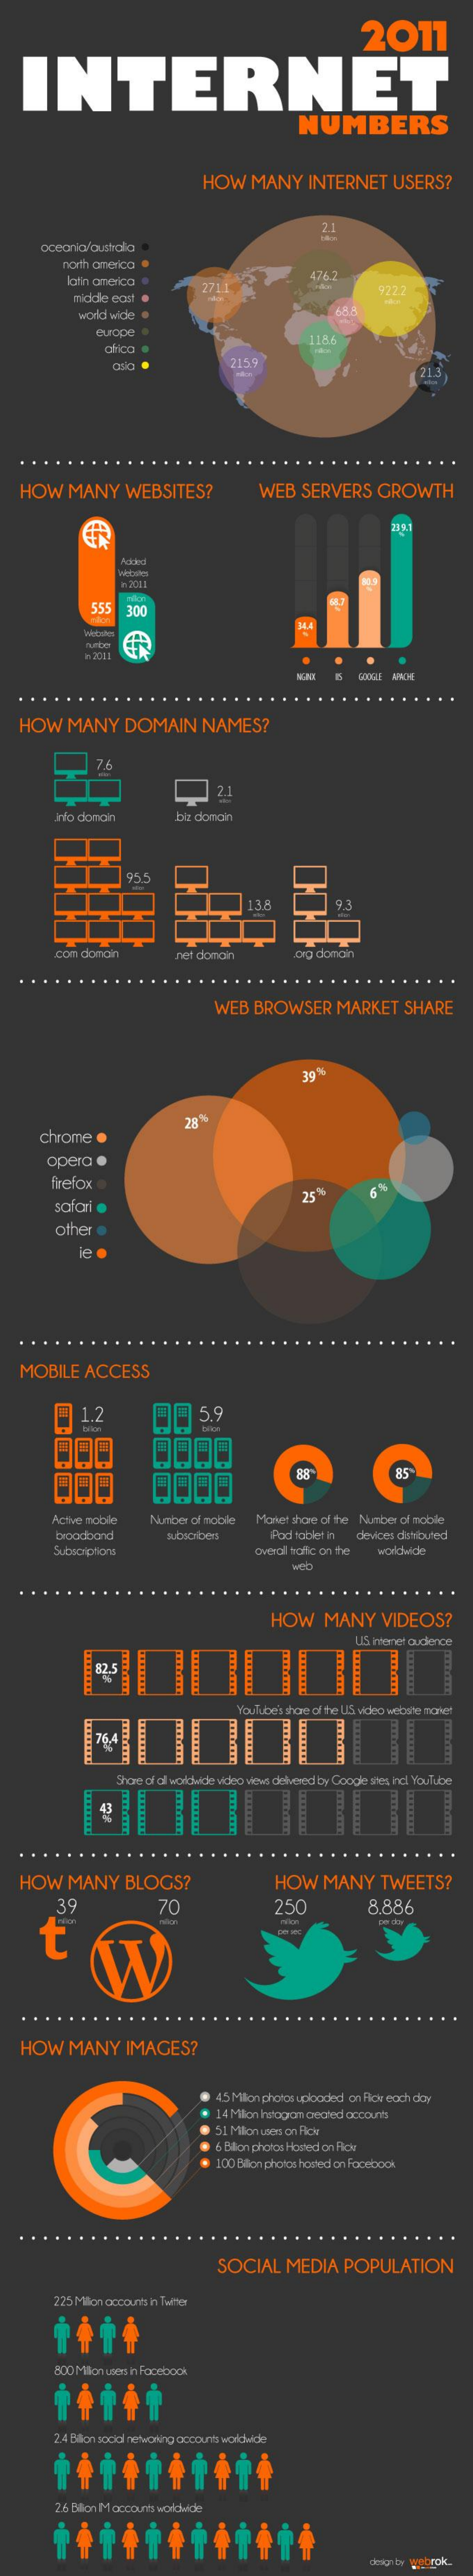
2011
    INTERNET
     NUMBERS
     HOW    MANY    INTERNET    USERS?
     oceania/oustala
     north aneica
     latin aneica  .    476.2
     middle cost  .
     27L    9222
     world wicke
     euroce
     1156
     21.3
   HOW    MANY    WEBSITES?    WEB    SERVERS    GROWTH
     Achducd
     555   300
     n 2011
     BUGLE  ANCHE
   HOW    MANY    DOMAIN    NAMES?
     7.6
     2.1
     nto domain    be donan
     con  domain    ret domain    Dig donain
     WEB    BROWSER    MARKET    SHARE
     39%
     chrome
     28
     opera    .
     firefox
     safari
     25 %
     other   .
    MOBILE    ACCESS
     1.2    00    5.9
     Active mobile    Number  of mobile  Monet  share of the Number of mobile
     broadband    Pad tablet in  devices distributed
     Subscriptions    overall Yofic on the  worldwide
     HOW    MANY    VIDEOS?
     US. intenet audience
     YouTube's shone of the LIS vosso website nolet
     Share of'dl worldwide video views detvesed by Google sites indl YouTube
     E
    HOW    MANY    BLOGS?    HOW    MANY    TWEETS?
     39    70    250    8.886
     t
   HOW    MANY    IMAGES?
     4.5 Milion photos uploaded on For each day
     14 Million hatogan angled accounts
     51 Milion Less on Fick
     6 Billion photos Hored on For
     100 Bilion photos hosted on Facebook
     SOCIAL    MEDIA    POPULATION
     225 Milion accounts in Twitter
     800 Million users in Facebook
     2.4 Bilion social networking accous worldwide
     2.6 Billion IM accounts worldwide